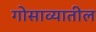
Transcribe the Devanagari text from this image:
गोसाव्यातील